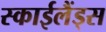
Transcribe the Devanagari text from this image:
स्‍काईलैंड्स